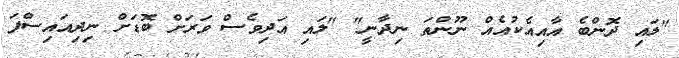
"ލައި ދޮންބެ އާއިއެކުއެއް ނޫންތަ ނިދާނީ" "ލައި އަދިވެސް ވަރަށް ބޮޑަށް ނިދިއައިސްފަ